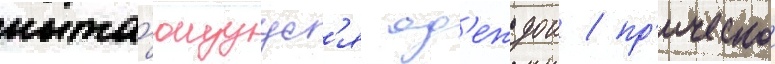
пыта́ющуус'я од'еждои / пр'ическои